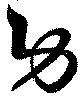
功